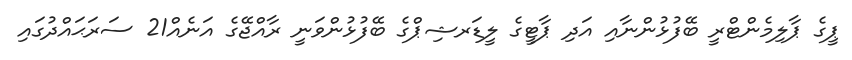
ޕީގެ ޕާލިމެންޓްރީ ބޭފުޅުންނާއި އަދި ޕާޓީގެ ލީޑަރޝިޕްގެ ބޭފުޅުންވަނީ ރާއްޖޭގެ އަނެއް21 ސަރަޙައްދުގައި